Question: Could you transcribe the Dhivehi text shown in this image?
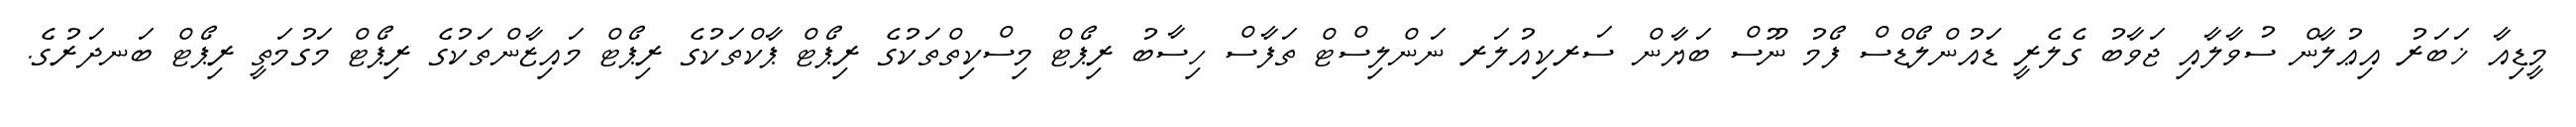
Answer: މީޑިއާ ޚަބަރު އިޢުލާން ސުވާލާއި ޖަވާބު ގެލެރީ ޑައުންލޯޑްސް ފޯމު ނޫސް ބަޔާން ސަރކިއުލަރ ނަންލިސްޓް ތަފާސް ހިސާބު ރިޕޯޓް މިސްކިތްތަކުގެ ރިޕޯޓް ޕާކްތަކުގެ ރިޕޯޓް މައިޒާންތަކުގެ ރިޕޯޓް މަގުމަތީ ރިޕޯޓް ބަނދަރުގެ.